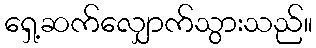
ရှေ့ဆက်လျှောက်သွားသည်။